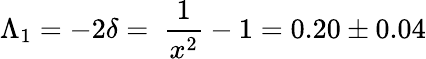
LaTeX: \Lambda_{1}=-2\delta=~\frac{1}{x^{2}}-1=0.20\pm 0.04